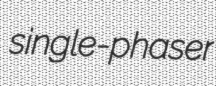
single-phaser